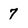
Character: 7